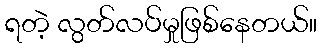
ရတဲ့ လွတ်လပ်မှုဖြစ်နေတယ်။